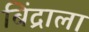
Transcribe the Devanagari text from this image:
बिंद्राला